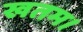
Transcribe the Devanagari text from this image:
खतम।